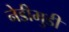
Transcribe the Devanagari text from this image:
नेडीमुडी